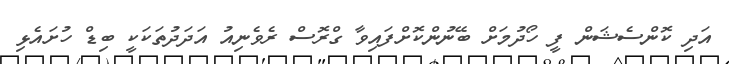
އަދި ކޮންސެޝަން ފީ ހޯދުމަށް ބޭނުންކޮށްފައިވާ ގްރޮސް ރެވެނިއު އަދަދުތަކަކީ ބިޑް ހުށައެޅި